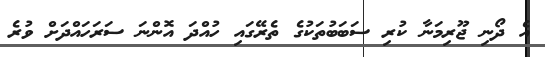
އެ ދޯނި ޖޫރިމަނާ ކުރި ސަބަބުތަކުގެ ތެރޭގައި ހުއްދަ އޮންނަ ސަރަހައްދަށް ވުރެ